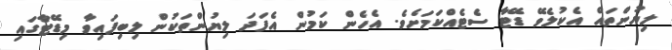
ލިޔުންތައް އެކުލެވޭ ޑޭޓާ ސެޓެއްކަމަށެވެ. އެހެން ކަމުން އެފަދަ ލިޔުންތަކުން ލިބިފައިވާ މިޑޭޓާގައި